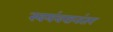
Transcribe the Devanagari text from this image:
स्वयंवरानंतर